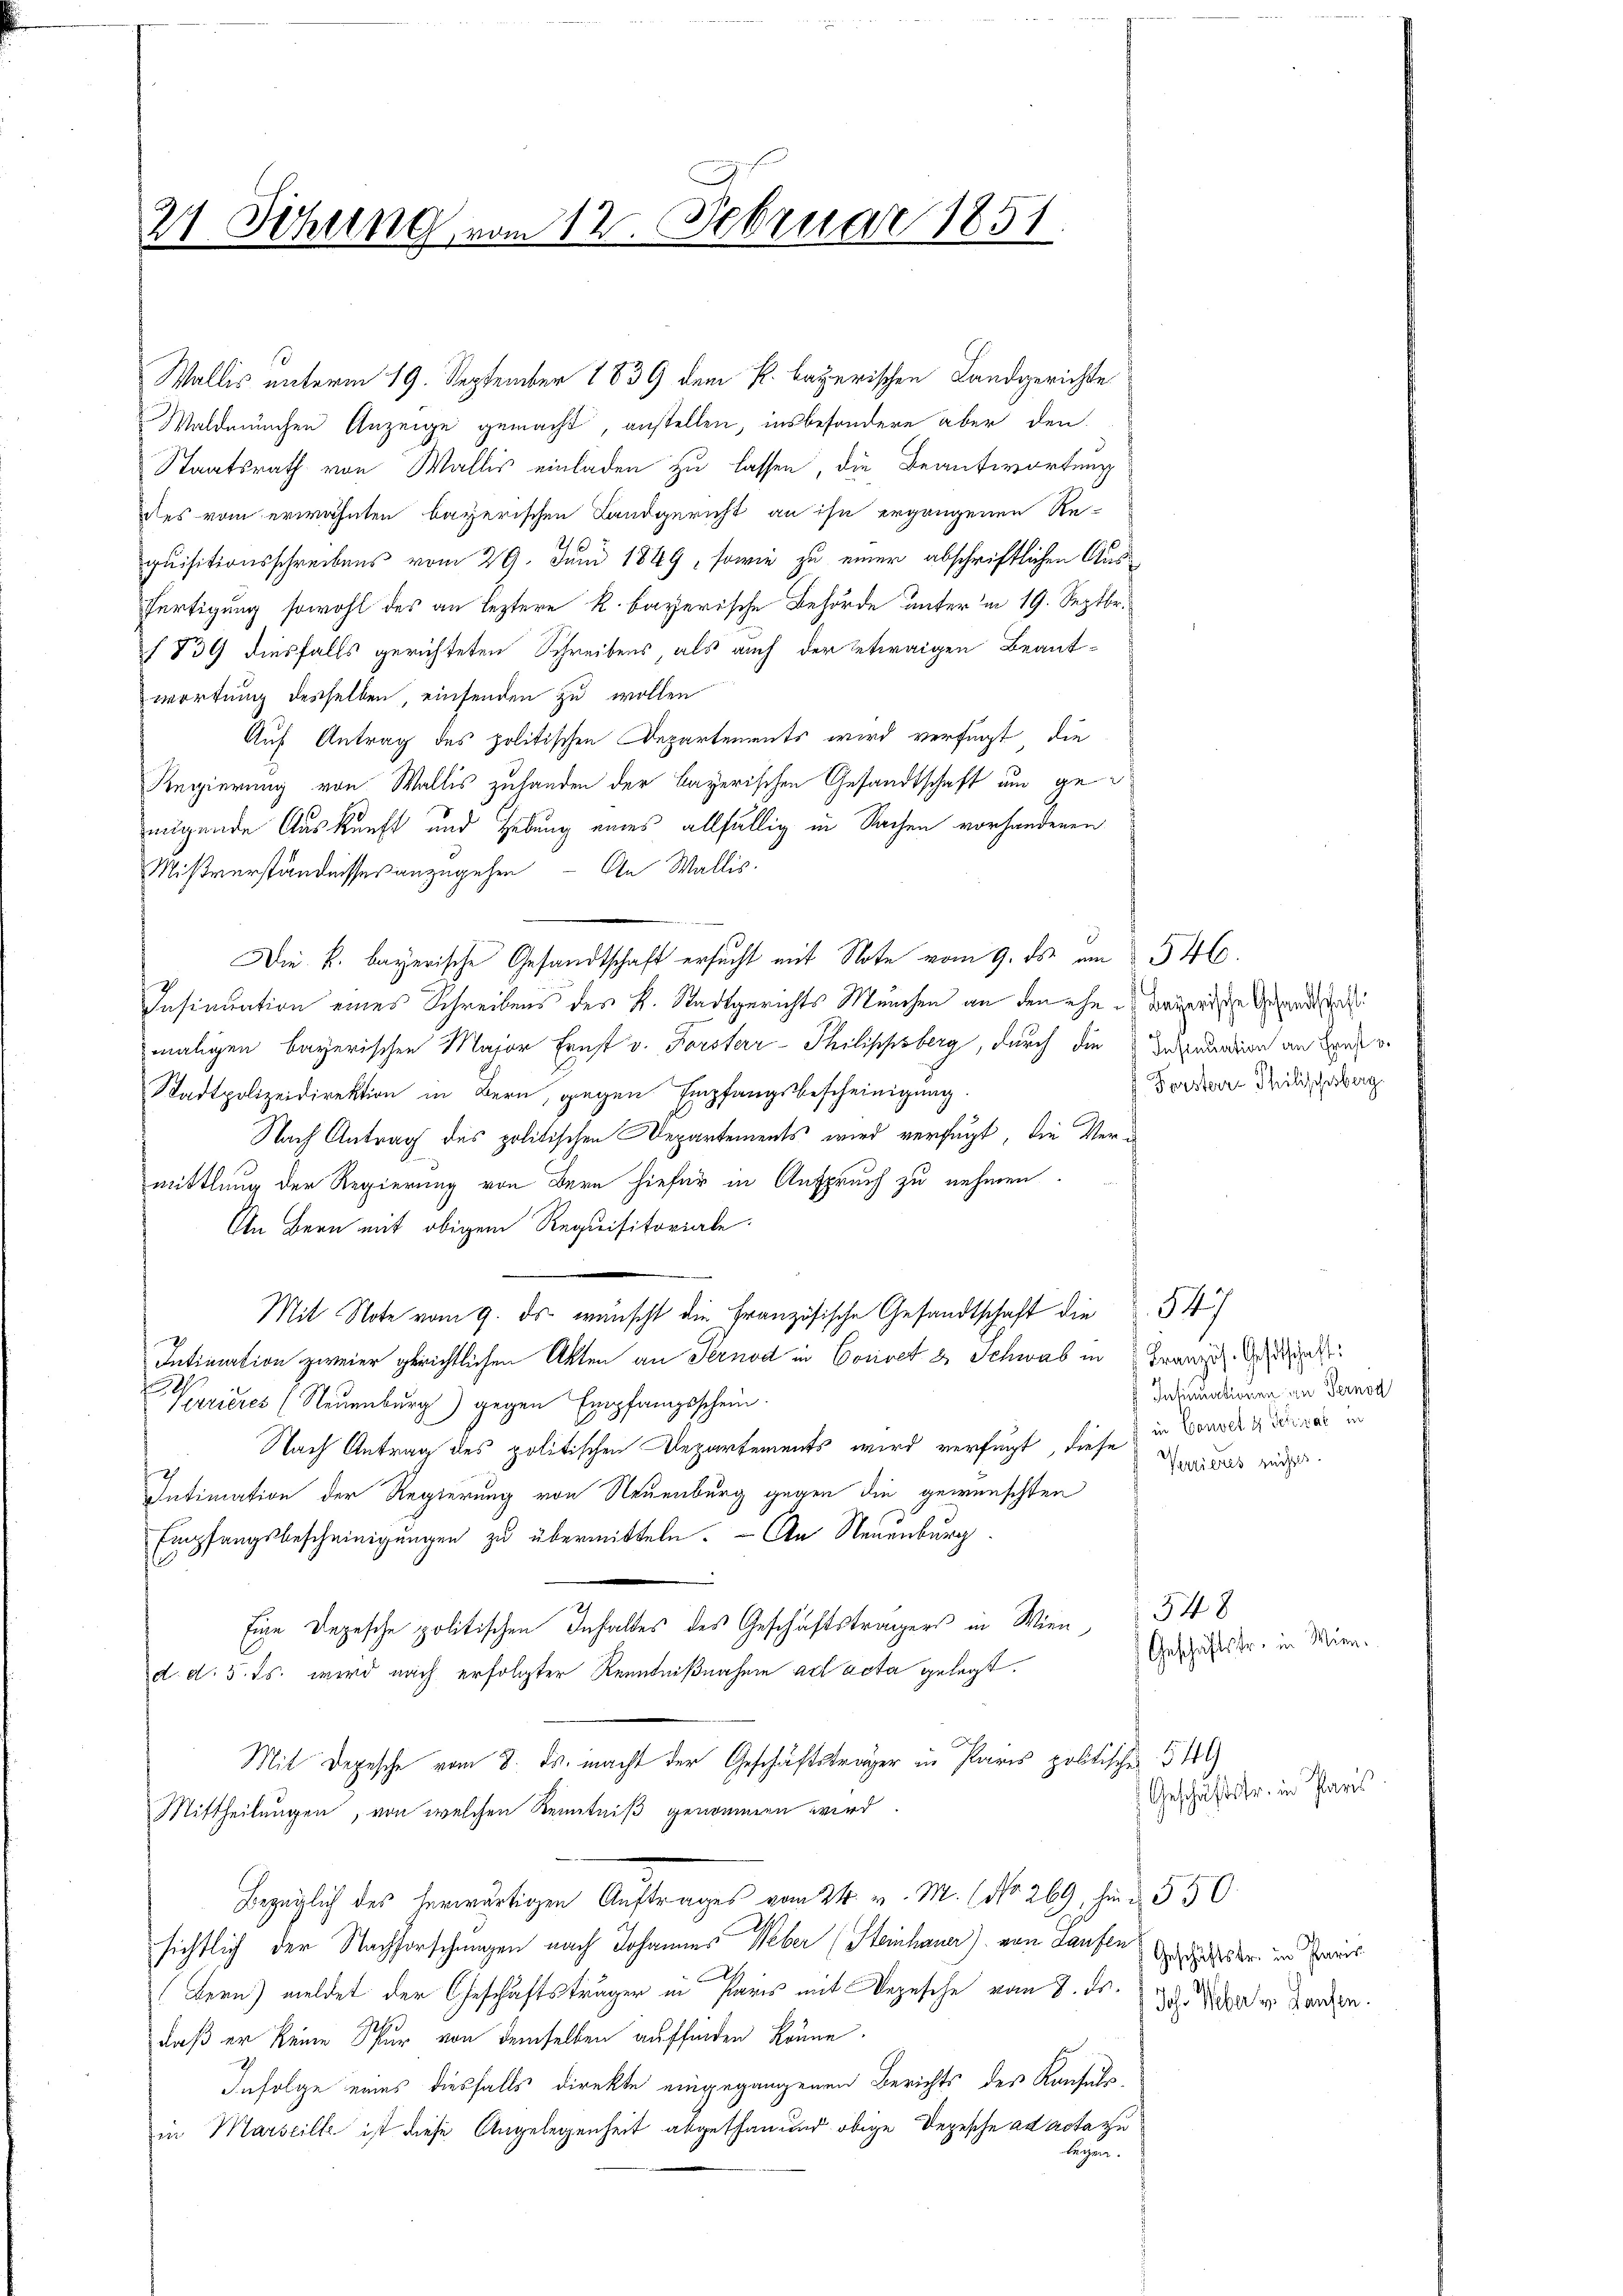
21 Sitzung vom 12. Februar 1851
4

Waldmünchen Anzeige gemacht, anstellen, insbesondere aber den
Staatsrath von Wallis einladen zu lassen, die Beantwortung
des vom erwähnten bayerischen Landgericht an ihn ergangenen Re-
quisitionsschreibens vom 29. Juni 1849, sowie zu einer abschriftlichen Aus¬
Fertigung sowohl des an leztere k. bayerische Behörde unter in 19. Septbr.
1839 diesfalls gerichteten Schreibens als auch der etwaigen Beantwortung desselben, einsenden zu wollen
Auf Antrag des politischen Departements wird verfügt die
Regierung von Wallis zuhanden der Bayerischen Gesandtschaft um gemögende Auskunft und Hebung eines allfällig in Sachen vorhandenen
Mißverständnisses anzugehen - An Wallis.
Die k. bayerische Gesandtschaft ersucht mit Note vom 9. ds. am 546.
Insinuation eines Schreibens des K. Stadtgerichts München an den ehe u warenische Gesandtschaf
maligen bayerischen Major Ernst v. Forsterr-Philippsberg, durch die Zusammen an den
Stadtpolizeidirektion in Bern, gegen Empfangsbescheinigung.
Nach Antrag des politischen Departements wird verfügt, die Vermittlung der Regierung von Bern hiefür in Anspruch zu nehmen.
An Bern mit obigem Requisitoriale.
m
Mit Note vom 9. ds. wünscht die Französische Gesandtschaft die 54
Intimation zweier gerichtlichen Akten an Sernod in Coriret & Schwab in Franz Dein

Verrieres (Neuenburg) gegen Empfangsschein.
Nach Antrag des politischen Departements wird verfügt, diese in Bonst die in
Intimation der Regierung von Neuenburg gegen die gewünschten
Empfangsbescheinigungen zu übermitteln. — An Neuenburg
6
Eine Depesche politischen Inhaltes des Geschäftsträgers in Wien 54 x
d. d. 5. ds. wird nach erfolgter Kenntnißnahme ad acta gelegt.
Mit Depesche vom 8. ds. macht der Geschäftsträger in Paris politischen 54
Mittheilungen, von welchen Kenntniß genommen wird
bezüglich des herwärtigen Auftrages vom 24. v. M. (No. 269, hin § 550.
sichtlich der Nachforschungen nach Johannes Weber (Steinhauer) von Laufen
(Bern) meldet der Geschäftsträger in Paris mit Depesche vom 8. ds.
daß er keine Spur von demselben auffinden könne.
Infolge eines diesfalls direkte eingegangenen Berichts des Konfuls-
in Marseille ist diese Angelegenheit abgethan und obige Depesche ad acta zu
bürgen.

Wallis unterm 19. September 1839 dem k. bayerischen Landgerichte

Forsterre Thilischesberg.

Insinuationen an Pernod
Verrieres rechts.

Geschäftstr. in Wien.
Geschäftsfr. in Paris.
Geschäftstr. in Paris
Joh. Weber v. Laufen.